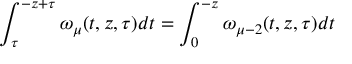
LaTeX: \int _ { \tau } ^ { - z + \tau } \omega _ { \mu } ( t , z , \tau ) d t = \int _ { 0 } ^ { - z } \omega _ { \mu - 2 } ( t , z , \tau ) d t